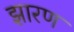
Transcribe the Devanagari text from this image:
झारण